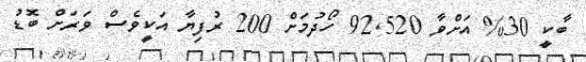
ބާކީ 30% އަށްވާ 92